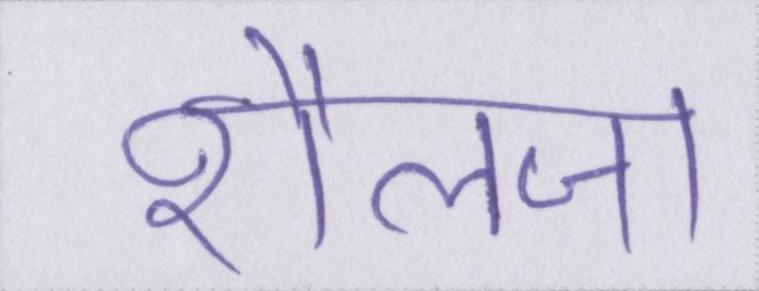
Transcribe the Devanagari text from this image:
शैलजा